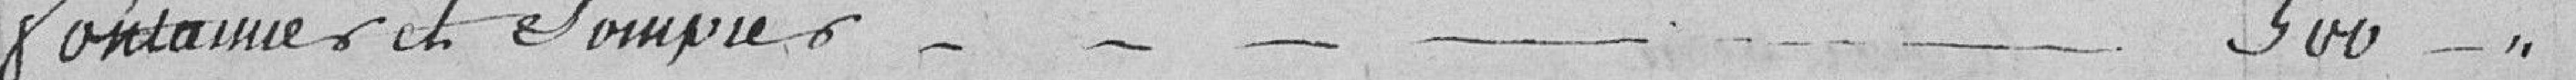
fontainiers et pompiers 500